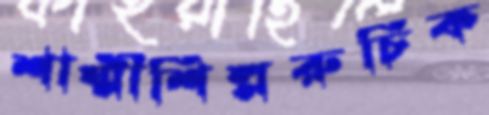
শাম্মীশিল্পরুচিক